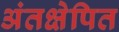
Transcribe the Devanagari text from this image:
अंतक्षेपित